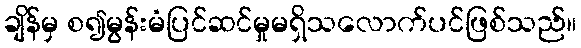
ချိန်မှ စ၍မွန်းမံပြင်ဆင်မှုမရှိသလောက်ပင်ဖြစ်သည်။